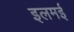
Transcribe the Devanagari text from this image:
इलमई